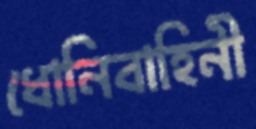
ধোনিবাহিনী